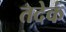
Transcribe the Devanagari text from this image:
तदेकं